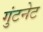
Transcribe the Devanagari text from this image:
गुंटनेट